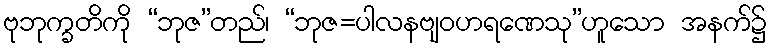
ဗုဘုက္ခတိကို “ဘုဇ”တည်၊ “ဘုဇ=ပါလနဗျဝဟရဏေသု”ဟူသော အနက်၌